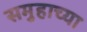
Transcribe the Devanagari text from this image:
समुहाच्या